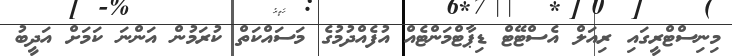
މިނިސްޓްރީގައި ރިއަލް އެސްޓޭޓް ޑިޕާޓްމަންޓެއް އުފެއްދުމުގެ މަސައްކަތް ކުރަމުން އަންނަ ކަމަށް އަދީބު